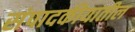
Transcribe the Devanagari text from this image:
संपादकीयातील